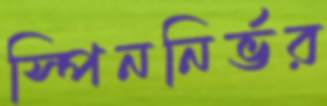
স্পিননির্ভর